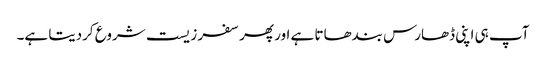
آپ ہی اپنی ڈھارس بندھاتا ہے اور پھر سفر زیست شروع کردیتا ہے۔